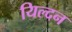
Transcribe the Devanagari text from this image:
यिल्दन